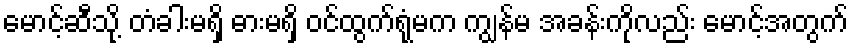
မောင့်ဆီသို့ တံခါးမရှိ ဓားမရှိ ဝင်ထွက်ရုံမက ကျွန်မ အခန်းကိုလည်း မောင့်အတွက်